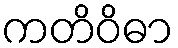
ကတိဝိဓာ